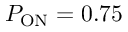
P _ { \mathrm { O N } } = 0 . 7 5